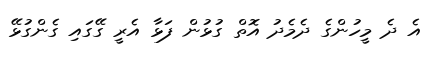
އެ ދެ މީހުންގެ ދެމެދު އޮތް ގުޅުން ފަޅާ އެރީ ގޭގައި ގެންގުޅޭ